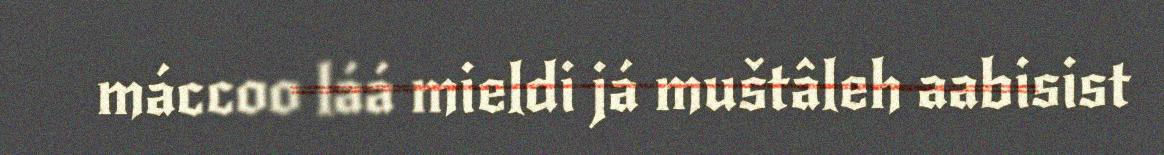
máccoo láá mieldi já muštâleh aabisist